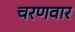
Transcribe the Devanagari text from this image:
चरणवार